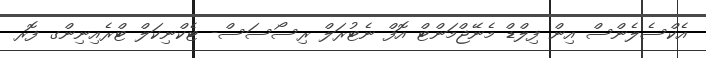
އެކްސެލެންސް އިން ފިލްޑް މެނޭޖްމަންޓް އޮފް ނެޓުރަލް ރިސޯސަސް- ޓެކްނިކަލް ޓްރެއިނިންގ ފޮރ